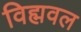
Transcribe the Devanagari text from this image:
विह्मवल